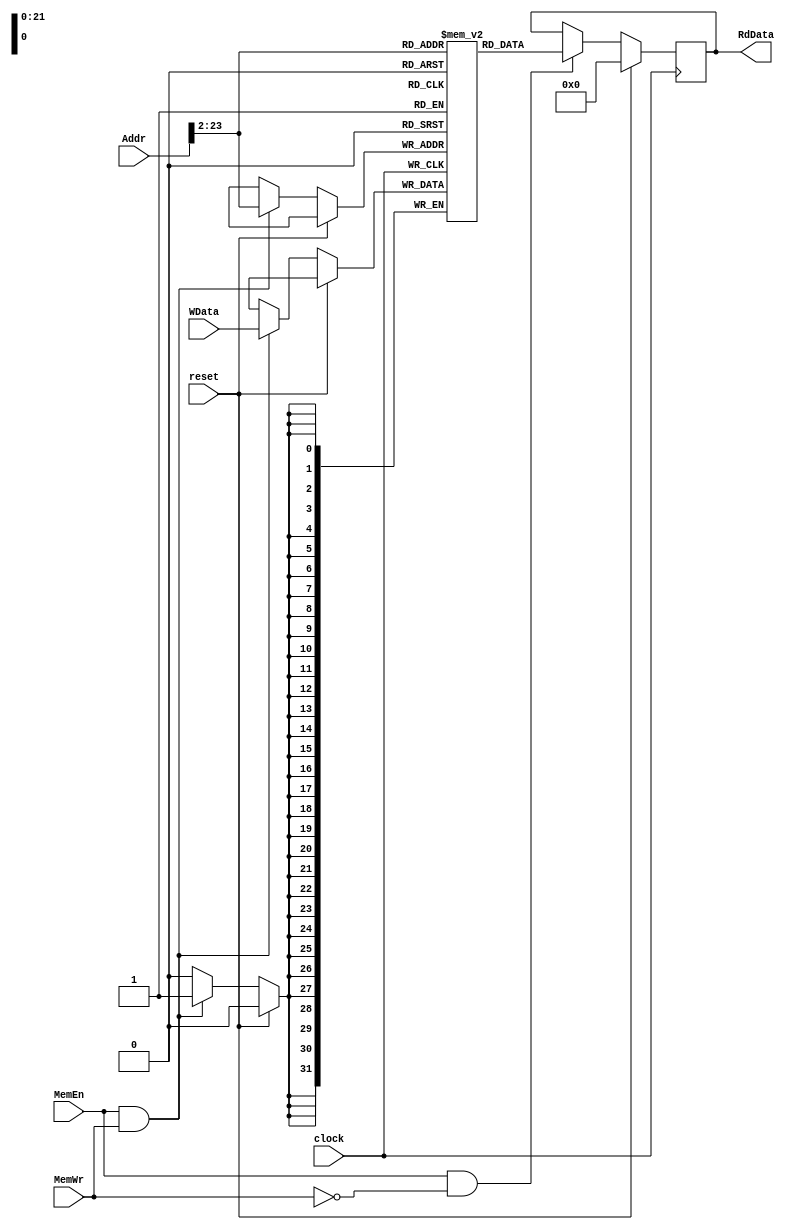

module Memory ( clock,
		reset,
		Addr,
		MemEn,
		MemWr,
		WData,
		
		RdData
	      );

`define MEMSIZE 1000000*4

input		clock;
input		reset;
input [31:0]	Addr;
input		MemEn;
input		MemWr;
input [31:0]	WData;

output [31:0]	RdData;


	//-----------------------
	// Register Declaration
	//-----------------------
 reg [31:0]	RdData;
 reg [31:0]	mem[0:`MEMSIZE];	

	//-----------------------
	// Wire Declaration
	//------------------------
 wire [31:0]	MemAddr = {2'b0,Addr[31:2]};
 
 always @(posedge clock)

	if (reset)
	   RdData <= 0;

	else
	   begin
	   if (MemEn && !MemWr)
	       RdData <= mem[MemAddr];
	   
	   if (MemEn &&  MemWr)
	       mem[MemAddr] <= WData;
	   end
   	 

	 //------------------------
	 // Mem Error Detection
	 //------------------------  
 always @(posedge clock)
	 if(~reset)
	   begin
	   if (MemWr && MemEn && (WData == 'hx)) 
	       $display ("%s: MEM-ERROR- Writing X's into Address %h!!!", $stime, Addr);
	   end



endmodule